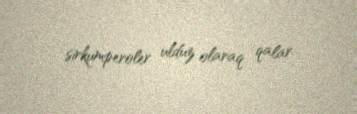
sirkumperoler ulduz olaraq qalar.